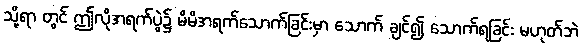
သို့ရာ တွင် ဤလိုအရက်ပွဲ၌ မိမိအရက်သောက်ခြင်းမှာ သောက် ချင်၍ သောက်ရခြင်း မဟုတ်ဘဲ